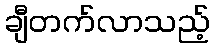
ချီတက်လာသည့်